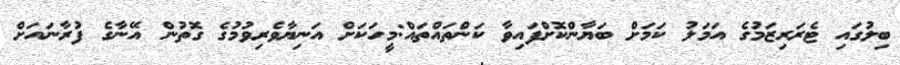
ބިލުގައި ޓެރަރިޒަމުގެ އަމަލު ކަމަށް ބަޔާންކޮށްފައިވާ ކަންތައްތައް:މީހަކަށް އަނިޔާވެރިވުމުގެ ގޮތުން އޭނާގެ ފުރާނައަށް